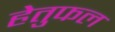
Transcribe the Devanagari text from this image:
हेतुफल